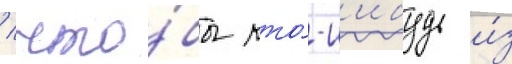
/ что́бы кто́-н'ибудь и́з